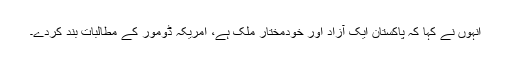
انہوں نے کہا کہ پاکستان ایک آزاد اور خودمختار ملک ہے، امریکہ ڈومور کے مطالبات بند کردے۔